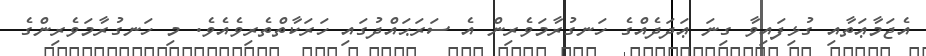
އެޖަމާޢަތާއި ގުޅިފައިވާ ގިނަ ޢަދަދެއްގެ ހަނގުރާމަވެރިން އެ ސަރަޙައްދުގައި ހަރަކާތްތެރިވެއެވެ. މި ހަނގުރާމަވެރިންގެ